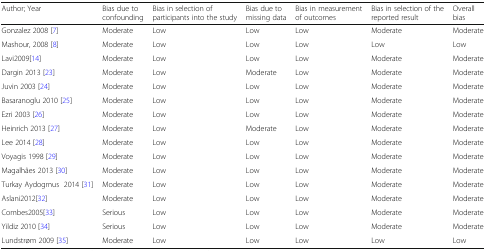
<table><thead><tr><td><b>Author; Year</b></td><td><b>Bias due to confounding</b></td><td><b>Bias in selection of participants into the study</b></td><td><b>Bias due to missing data</b></td><td><b>Bias in measurement of outcomes</b></td><td><b>Bias in selection of the reported result</b></td><td><b>Overall bias</b></td></tr></thead><tbody><tr><td>Gonzalez 2008 [7]</td><td>Moderate</td><td>Low</td><td>Low</td><td>Low</td><td>Moderate</td><td>Moderate</td></tr><tr><td>Mashour, 2008 [8]</td><td>Moderate</td><td>Low</td><td>Low</td><td>Low</td><td>Low</td><td>Low</td></tr><tr><td>Lavi2009[14]</td><td>Moderate</td><td>Low</td><td>Low</td><td>Low</td><td>Moderate</td><td>Moderate</td></tr><tr><td>Dargin 2013 [23]</td><td>Moderate</td><td>Low</td><td>Moderate</td><td>Low</td><td>Moderate</td><td>Moderate</td></tr><tr><td>Juvin 2003 [24]</td><td>Moderate</td><td>Low</td><td>Low</td><td>Low</td><td>Moderate</td><td>Moderate</td></tr><tr><td>Basaranoglu 2010 [25]</td><td>Moderate</td><td>Low</td><td>Low</td><td>Low</td><td>Moderate</td><td>Moderate</td></tr><tr><td>Ezri 2003 [26]</td><td>Moderate</td><td>Low</td><td>Low</td><td>Low</td><td>Moderate</td><td>Moderate</td></tr><tr><td>Heinrich 2013 [27]</td><td>Moderate</td><td>Low</td><td>Moderate</td><td>Low</td><td>Moderate</td><td>Moderate</td></tr><tr><td>Lee 2014 [28]</td><td>Moderate</td><td>Low</td><td>Low</td><td>Low</td><td>Moderate</td><td>Moderate</td></tr><tr><td>Voyagis 1998 [29]</td><td>Moderate</td><td>Low</td><td>Low</td><td>Low</td><td>Moderate</td><td>Moderate</td></tr><tr><td>Magalhães 2013 [30]</td><td>Moderate</td><td>Low</td><td>Low</td><td>Low</td><td>Moderate</td><td>Moderate</td></tr><tr><td>Turkay Aydogmus 2014 [31]</td><td>Moderate</td><td>Low</td><td>Low</td><td>Low</td><td>Moderate</td><td>Moderate</td></tr><tr><td>Aslani2012[32]</td><td>Moderate</td><td>Low</td><td>Low</td><td>Low</td><td>Moderate</td><td>Moderate</td></tr><tr><td>Combes2005[33]</td><td>Serious</td><td>Low</td><td>Low</td><td>Low</td><td>Moderate</td><td>Moderate</td></tr><tr><td>Yildiz 2010 [34]</td><td>Serious</td><td>Low</td><td>Low</td><td>Low</td><td>Moderate</td><td>Moderate</td></tr><tr><td>Lundstrøm 2009 [35]</td><td>Moderate</td><td>Low</td><td>Low</td><td>Low</td><td>Low</td><td>Low</td></tr></tbody></table>